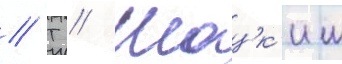
// Т // Шацк'им